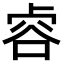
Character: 𧮲